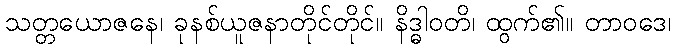
သတ္တယောဇနေ၊ ခုနစ်ယူဇနာတိုင်တိုင်။ နိဒ္ဓါဝတိ၊ ထွက်၏။ တာဝဒေ၊